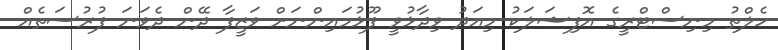
ހެލްތު މިނިސްޓްރީގެ އޮފިޝަލަކު މިއަދު ވިދާޅުވީ ފޫޅުމައިންނަށް ވަޒީފާ ދޭން ދެވަނަ ފުރުސަތެއް